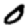
Digit: 0